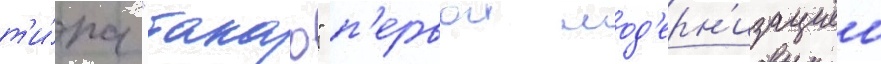
т'и́па "такао" п'ервои мод'ерн'изациеи